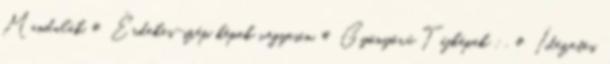
Mandalák,# Érdekes-szép képek vegyesen,# Gyönyörű Tájképek : ,# Ídézetes,